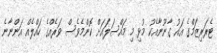
ޓެރަރިޒަމްގެ އައު ގާނޫނާއެކު މުޅި މި މައްސަލައަށް ކޮންމެވެސް ވަރެއްގެ ހައްލެއް އަންނާނެ